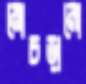
মোচড়ানো